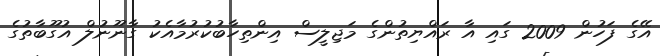
އޭގެ ފަހުން 2009 ގައި އާ ރައްޔިތުންގެ މަޖިލީސް އިންތިހާބުކުރުމާއެކު ގާނޫނުލް އުގޫބާތުގެ